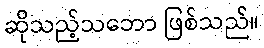
ဆိုသည့်သဘော ဖြစ်သည်။